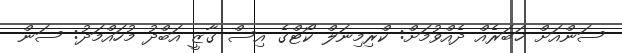
ސަންއަށް ޚަބަރެއް ދެއްވުމަށް: ކްރިމިނަލް ކޯޓްގެ އިސް ގާޒީ އަބްދު މުހައްމަދު: ސަން